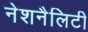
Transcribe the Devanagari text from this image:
नेशनैलिटी